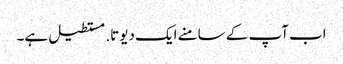
اب آپ کے سامنے ایک دیوتا. مستطیل ہے۔